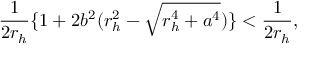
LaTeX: \frac { 1 } { 2 r _ { h } } \{ 1 + 2 b ^ { 2 } ( r _ { h } ^ { 2 } - \sqrt { r _ { h } ^ { 4 } + a ^ { 4 } } ) \} < \frac { 1 } { 2 r _ { h } } ,